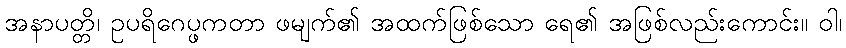
အနာပတ္တိ၊ ဥပရိဂေပ္ဖကတာ ဖမျက်၏ အထက်ဖြစ်သော ရေ၏ အဖြစ်လည်းကောင်း။ ဝါ၊